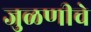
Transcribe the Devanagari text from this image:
जुळणीचे